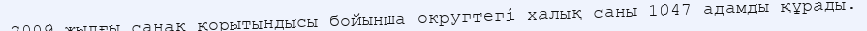
2009 жылғы санақ қорытындысы бойынша округтегі халық саны 1047 адамды құрады.